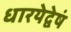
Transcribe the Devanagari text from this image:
धारयेद्वेषं